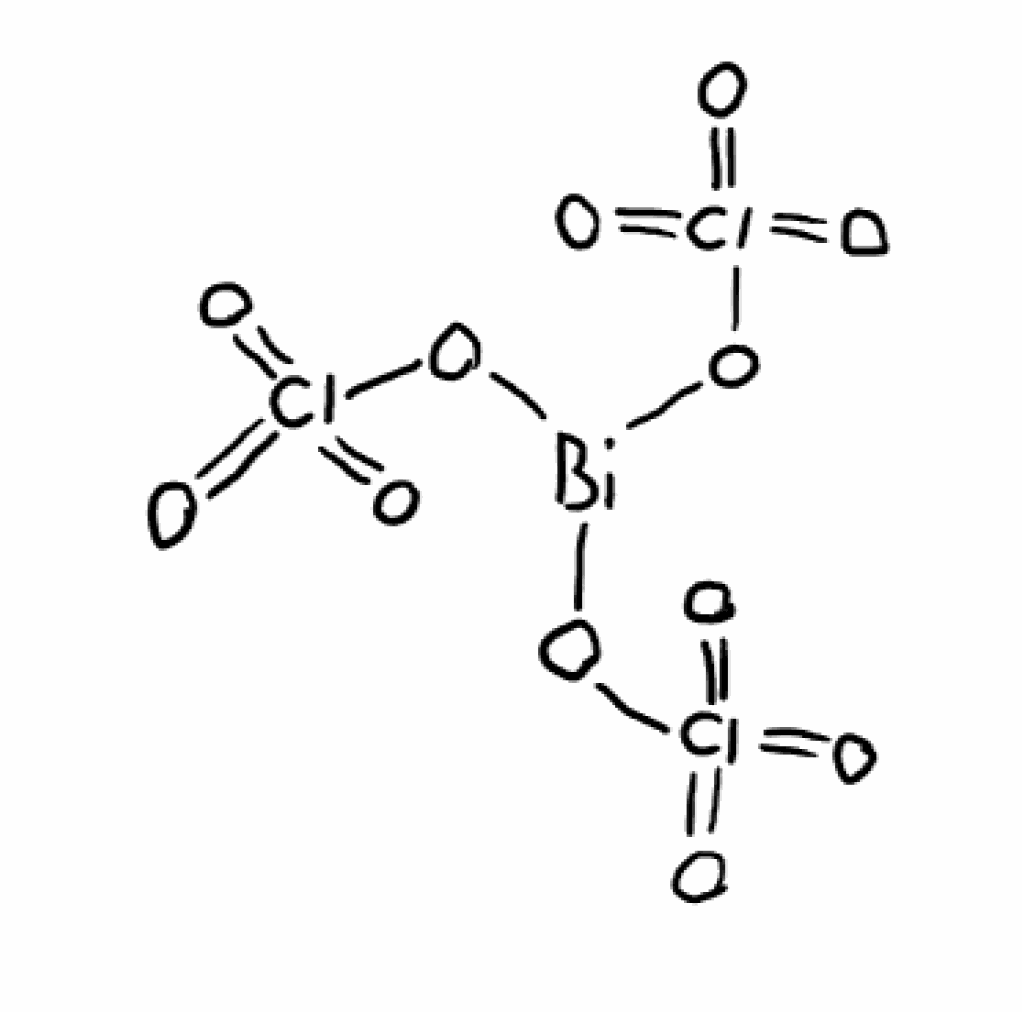
Simplified molecular-input line-entry system (SMILES) notation of the given molecule:
O=Cl(=O)(=O)O[Bi](OCl(=O)(=O)=O)OCl(=O)(=O)=O